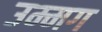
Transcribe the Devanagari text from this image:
उम्मग